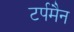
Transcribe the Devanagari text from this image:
टर्पमैन